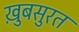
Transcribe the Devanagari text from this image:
ख़ुबसुरत